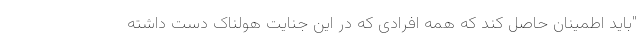
"باید اطمینان حاصل کند که همه افرادی که در این جنایت هولناک دست داشته